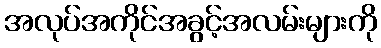
အလုပ်အကိုင်အခွင့်အလမ်းများကို